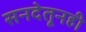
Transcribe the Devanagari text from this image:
सनदेतूनही